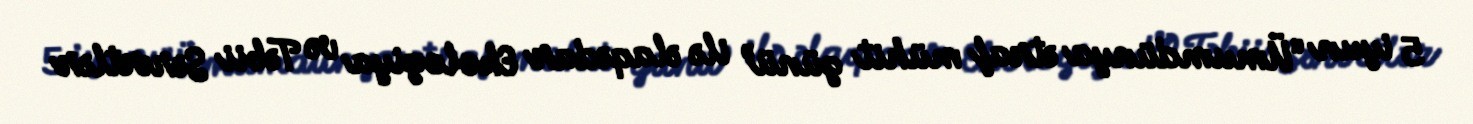
5 iyun “Ümumdünya ətraf mühit günü” ilə əlaqədar Ekologiya və Təbii Sərvətlər